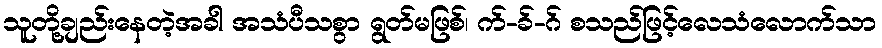
သူတို့ချည်းနေတဲ့အခါ အသံပီသစွာ ရွတ်မဖြစ်၊ က်-ခ်-ဂ် စသည်ဖြင့်လေသံလောက်သာ